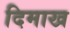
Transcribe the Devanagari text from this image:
दिमाख